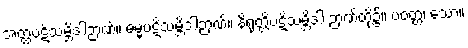
အတ္ထပဋိသမ္ဘိဒါဉာဏ်။ ဓမ္မပဋိသမ္ဘိဒါဉာဏ်။ နိရုတ္တိပဋိသမ္ဘိဒါ ဉာဏ်တို့၌။ ပဝတ္တံ၊ သော။